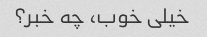
خیلی خوب، چه خبر؟